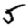
Digit: 5